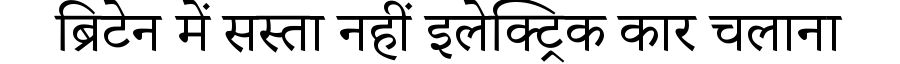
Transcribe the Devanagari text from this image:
ब्रिटेन में सस्ता नहीं इलेक्ट्रिक कार चलाना